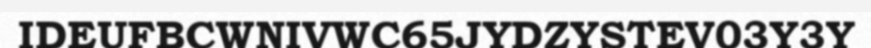
IDEUFBCWNIVWC65JYDZYSTEV03Y3Y